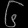
Digit: ၆